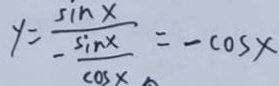
y = \frac { \sin x } { \frac { \sin x } { \cos x } } = - \cos x